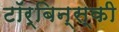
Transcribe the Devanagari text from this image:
टॉर्बिन्स्की